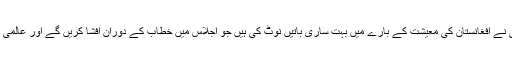
افغان وفد میں شامل ارکان نے کہا کہ اشرف غنی نے افغانستان کی معیشت کے بارے میں بہت ساری باتیں نوٹ کی ہیں جو اجلاس میں خطاب کے دوران افشا کریں گے اور عالمی برادری کی توجہ اپنی جانب مبذول کرائیں گے ۔